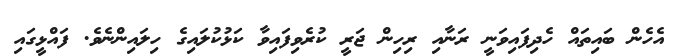
އެހެން ބައިތައް ހެދިފައިވަނީ ރަނާއި ރިހިން ޖަރީ ކުރެވިފައިވާ ކަޅުކުލައިގެ ހިލައިންނެވެ. ފައްޅީގައި